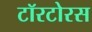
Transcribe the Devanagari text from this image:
टॉरटोरस